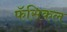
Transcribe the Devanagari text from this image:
फॅसिकल